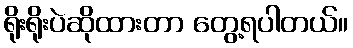
ရိုးရိုးပဲဆိုထားတာ တွေ့ရပါတယ်။